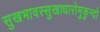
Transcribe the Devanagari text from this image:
सुखभावस्सुखाधारोमुकुन्दो